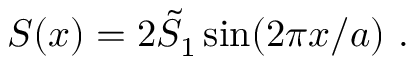
S ( x ) = 2 \tilde { S } _ { 1 } \sin ( 2 \pi x / a ) \ .